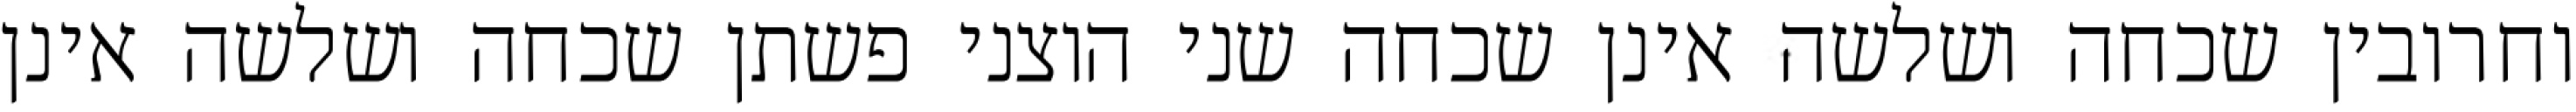
וחרובין שכחה ושלשה אינן שכחה שני הוצני פשתן שכחה ושלשה אינן